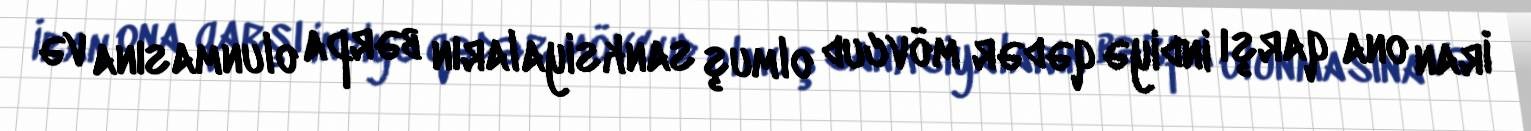
İran ona qarşı indiyə qədər mövcud olmuş sanksiyaların bərpa olunmasına və